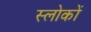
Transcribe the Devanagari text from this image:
स्लोकों